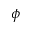
\phi